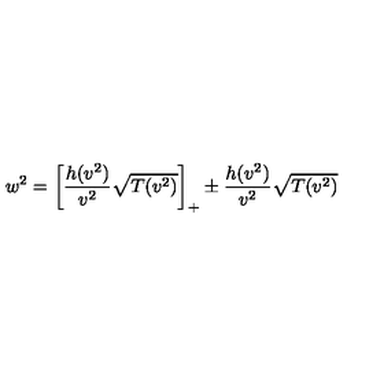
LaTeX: w ^ { 2 } = \left[ \frac { h ( v ^ { 2 } ) } { v ^ { 2 } } \sqrt { T ( v ^ { 2 } ) } \right] _ { + } \pm \frac { h ( v ^ { 2 } ) } { v ^ { 2 } } \sqrt { T ( v ^ { 2 } ) }